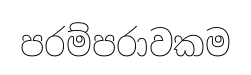
පරම්පරාවකම